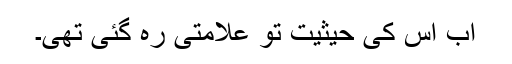
اب اس کی حیثیت تو علامتی رہ گئی تھی۔